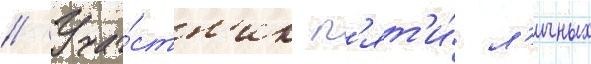
// Уча́стн'ик п'ят'и́ л'ичных